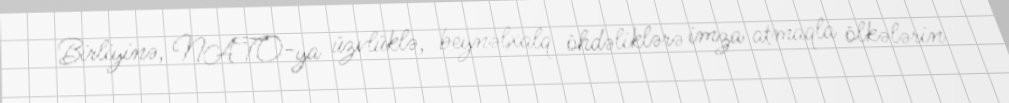
Birliyinə, NATO-ya üzvlüklə, beynəlxalq öhdəliklərə imza atmaqla ölkələrin